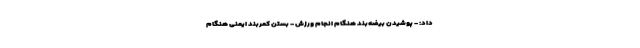
داد: - پوشیدن بیضه‌بند هنگام انجام ورزش - بستن کمربند ایمنی هنگام